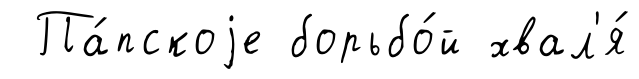
Па́пскоjе борьбо́й хвал'я́